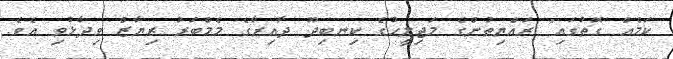
ކަމެއް ގޮތުގައި" ރައްޔިތުންގެ މަޖިލީހުގެ ކިނބިދޫ ދާއިރާގެ މެމްބަރު ރިޔާޒް ވިދާޅުވި އެވެ.